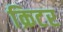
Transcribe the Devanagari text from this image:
क्रिटर